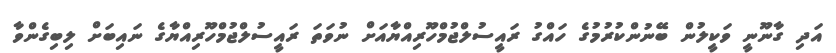
އަދި ގާނޫނީ ވަކީލުން ބޭނުންކުރުމުގެ ހައްގު ރައީސުލްޖުމްހޫރިއްޔާއަށް ނުވަތަ ރައީސުލްޖުމްހޫރިއްޔާގެ ނައިބަށް ލިބިގެންވާ